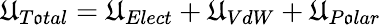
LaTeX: \mathfrak{U}_{T\mathfrak{o}tal}=\mathfrak{U}_{Elect}+\mathfrak{U}_{VdW}+\mathfrak{U}_{P\mathfrak{o}lar}